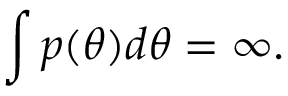
\int { p ( \theta ) d \theta } = \infty .